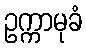
ဥက္ကာမုခံ